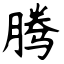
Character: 腾